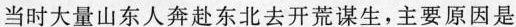
当时大量山东人奔赴东北去开荒谋生，主要原因是